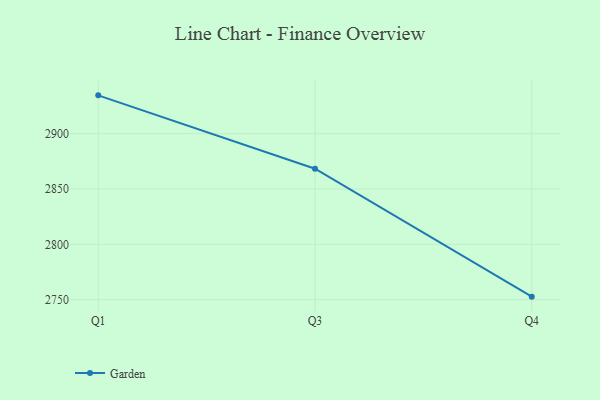
{"axis": {"x": "Quarter", "y": "Operating Costs (USD K)"}, "legend": ["Garden"], "data": [{"x": "Q1", "y": 2934.7, "type": "Garden"}, {"x": "Q3", "y": 2868.4, "type": "Garden"}, {"x": "Q4", "y": 2752.7, "type": "Garden"}]}